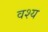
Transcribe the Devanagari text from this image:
वश्य